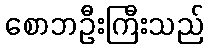
စောဘဦးကြီးသည်